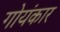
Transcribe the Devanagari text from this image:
गोयंकार